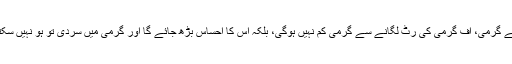
ہائے گرمی، اُف گرمی کی رٹ لگانے سے گرمی کم نہیں ہوگی، بلکہ اس کا احساس بڑھ جائے گا اور گرمی میں سردی تو ہو نہیں سکتی۔